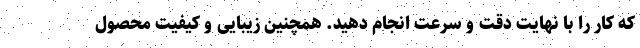
که کار را با نهایت دقت و سرعت انجام دهید. همچنین زیبایی و کیفیت محصول